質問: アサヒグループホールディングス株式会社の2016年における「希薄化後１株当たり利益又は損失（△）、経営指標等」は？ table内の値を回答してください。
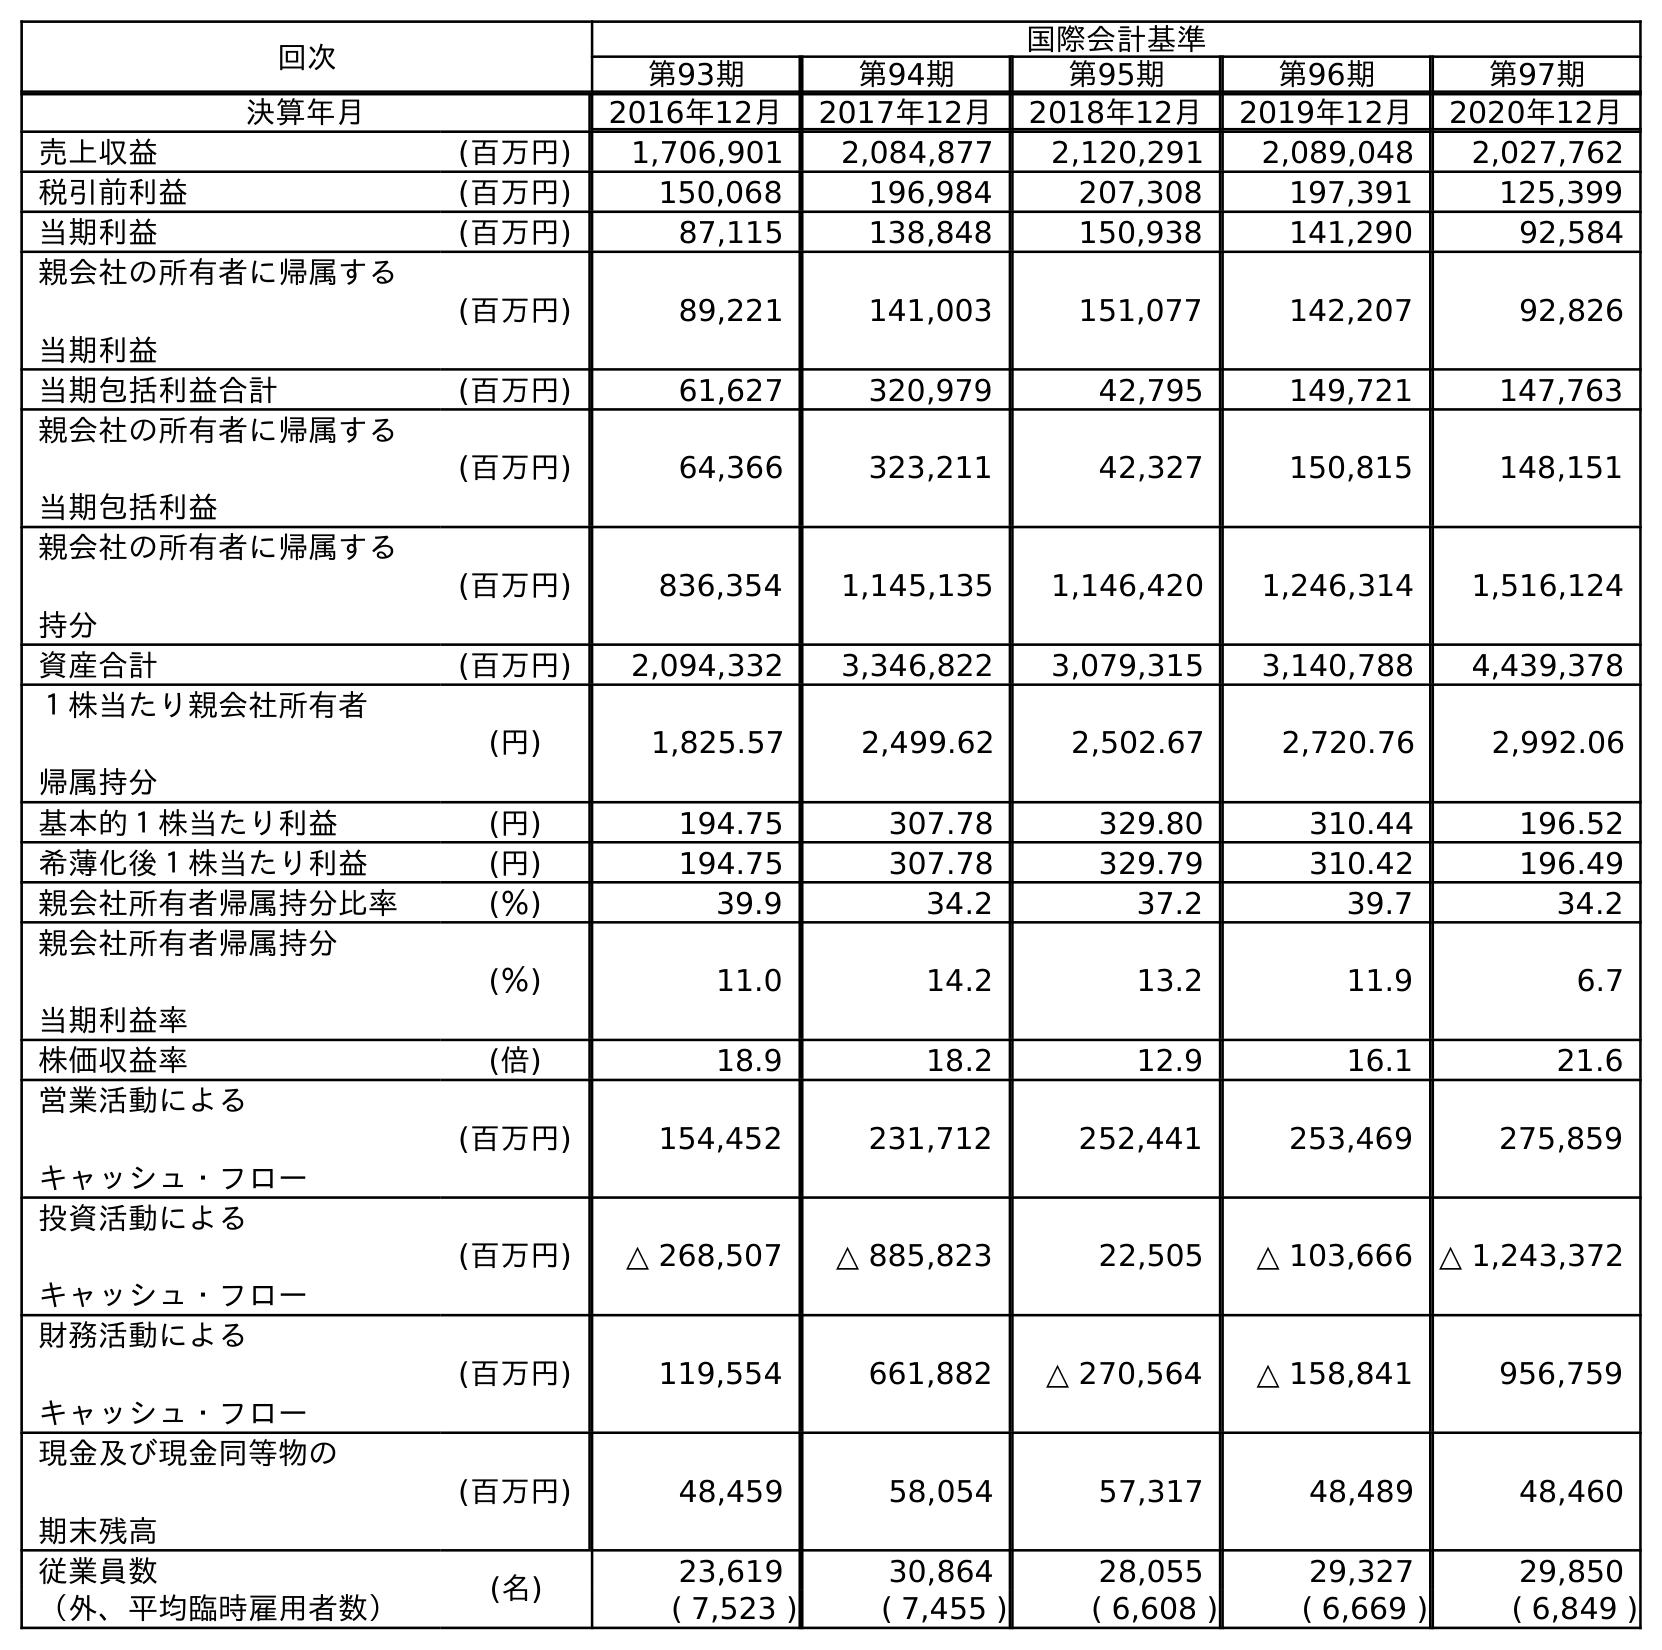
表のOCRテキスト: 回次 国際会計基準 第93期 第94期 第95期 第96期 第97期 決算年月 2016年12月 2017年12月 2018年12月 2019年12月 2020年12月 売上収益 (百万円) 1,706,901 2,084,877 2,120,291 2,089,048 2,027,762 税引前利益 (百万円) 150,068 196,984 207,308 197,391 125,399 当期利益 (百万円) 87,115 138,848 150,938 141,290 92,584 親会社の所有者に帰属する 当期利益 (百万円) 89,221 141,003 151,077 142,207 92,826 当期包括利益合計 (百万円) 61,627 320,979 42,795 149,721 147,763 親会社の所有者に帰属する 当期包括利益 (百万円) 64,366 323,211 42,327 150,815 148,151 親会社の所有者に帰属する 持分 (百万円) 836,354 1,145,135 1,146,420 1,246,314 1,516,124 資産合計 (百万円) 2,094,332 3,346,822 3,079,315 3,140,788 4,439,378 １株当たり親会社所有者 帰属持分 (円) 1,825.57 2,499.62 2,502.67 2,720.76 2,992.06 基本的１株当たり利益 (円) 194.75 307.78 329.80 310.44 196.52 希薄化後１株当たり利益 (円) 194.75 307.78 329.79 310.42 196.49 親会社所有者帰属持分比率 (％) 39.9 34.2 37.2 39.7 34.2 親会社所有者帰属持分 当期利益率 (％) 11.0 14.2 13.2 11.9 6.7 株価収益率 (倍) 18.9 18.2 12.9 16.1 21.6 営業活動による キャッシュ・フロー (百万円) 154,452 231,712 252,441 253,469 275,859 投資活動による キャッシュ・フロー (百万円) △ 268,507 △ 885,823 22,505 △ 103,666 △ 1,243,372 財務活動による キャッシュ・フロー (百万円) 119,554 661,882 △ 270,564 △ 158,841 956,759 現金及び現金同等物の 期末残高 (百万円) 48,459 58,054 57,317 48,489 48,460 従業員数 (名) 23,619 30,864 28,055 29,327 29,850 （外、平均臨時雇用者数） ( 7,523 ) ( 7,455 ) ( 6,608 ) ( 6,669 ) ( 6,849 )
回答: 194.75